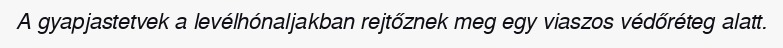
A gyapjastetvek a levélhónaljakban rejtőznek meg egy viaszos védőréteg alatt.